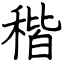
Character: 稭